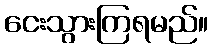
ငေးသွားကြရမည်။